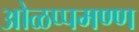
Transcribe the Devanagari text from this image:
ओळप्पमण्ण